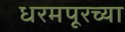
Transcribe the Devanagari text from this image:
धरमपूरच्या